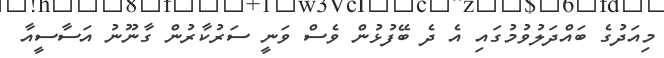
މިއަދުގެ ބައްދަލުވުމުގައި އެ ދެ ބޭފުޅުން ވެސް ވަނީ ސަރުކާރުން ގާނޫނު އަސާސީއާ